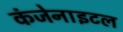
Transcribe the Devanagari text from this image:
कंजेनाइटल